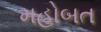
મહોબત